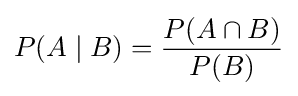
P(A\mid B)={\frac {P(A\cap B)}{P(B)}}